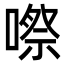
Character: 㗫